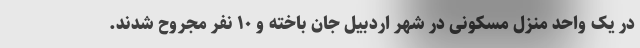
در یک واحد منزل مسکونی در شهر اردبیل جان باخته و ۱۰ نفر مجروح شدند.